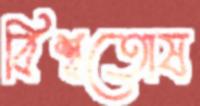
বিশ্বতোষ